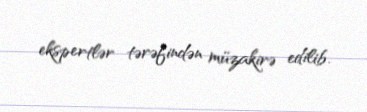
ekspertlər tərəfindən müzakirə edilib.